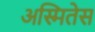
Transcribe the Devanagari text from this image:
अस्मितेस